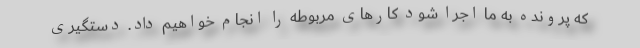
که پرونده به ما اجرا شود کارهای مربوطه را انجام خواهیم داد. دستگیری